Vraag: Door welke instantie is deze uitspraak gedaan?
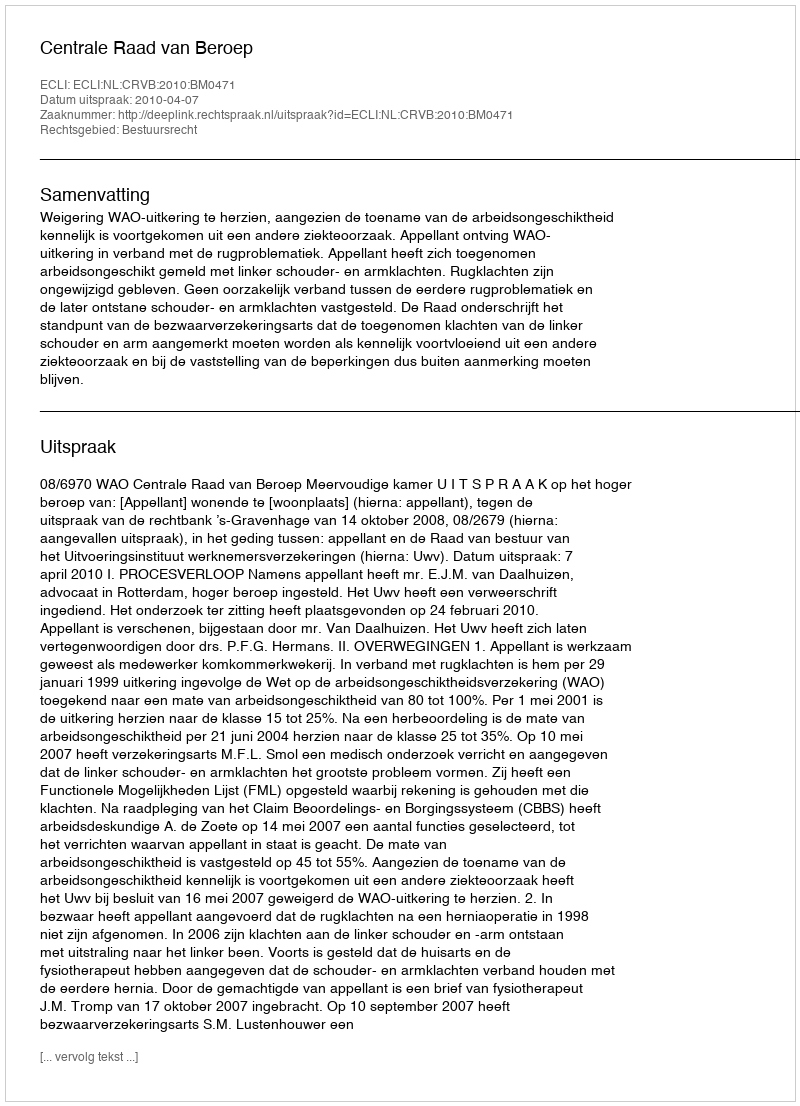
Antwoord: Centrale Raad van Beroep